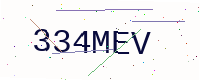
Text: 334MEV